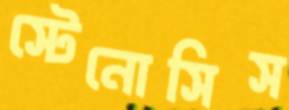
স্টেনোসিস